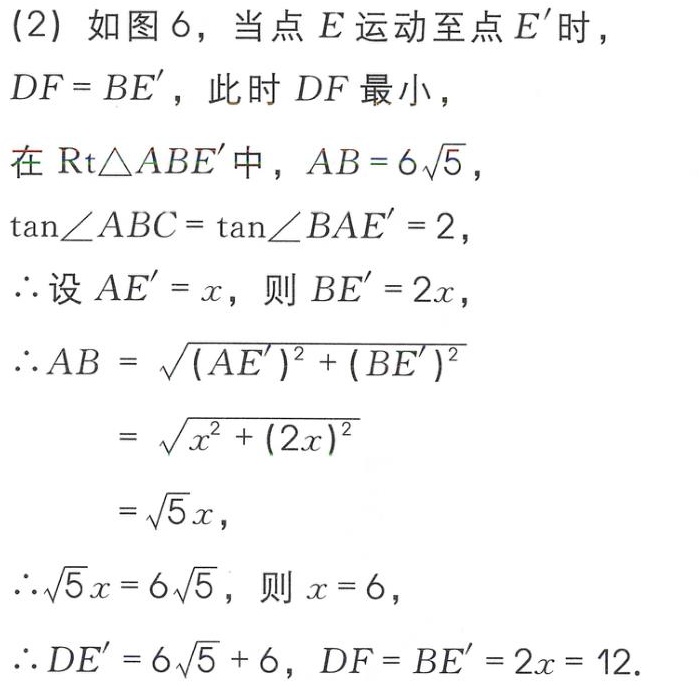
(2) 如图 6，当点 \(E\) 运动至点 \(E'\) 时，
\(DF = BE'\)，此时 \(DF\) 最小，
在 \(\text{Rt}\triangle ABE'\) 中，\(AB = 6\sqrt{5}\)，
\(\tan\angle ABC=\tan\angle BAE' = 2\)，
\(\therefore\) 设 \(AE' = x\)，则 \(BE' = 2x\)，
\(\therefore AB=\sqrt{(AE')^{2}+(BE')^{2}}\)
\(=\sqrt{x^{2}+(2x)^{2}}\)
\(=\sqrt{5}x\)，
\(\therefore\sqrt{5}x = 6\sqrt{5}\)，则 \(x = 6\)，
\(\therefore DE' = 6\sqrt{5}+6\)，\(DF = BE' = 2x = 12\).